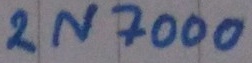
Text: 2N7000